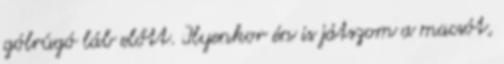
gólrúgó láb előtt. Ilyenkor én is játszom a macsót,